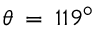
\theta \: = \: 1 1 9 ^ { \circ }